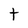
Character: t